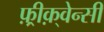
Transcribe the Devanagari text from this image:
फ़्रीक़्वेन्सी